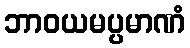
ဘာဝယမပ္ပမာဏံ